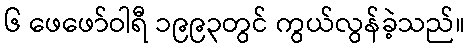
၆ ဖေဖော်ဝါရီ ၁၉၉၃တွင် ကွယ်လွန်ခဲ့သည်။